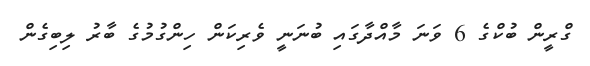
ގްރީން ބުކްގެ 6 ވަނަ މާއްދާގައި ބުނަނީ ވެރިކަން ހިންގުމުގެ ބާރު ލިބިގެން